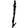
Digit: 1